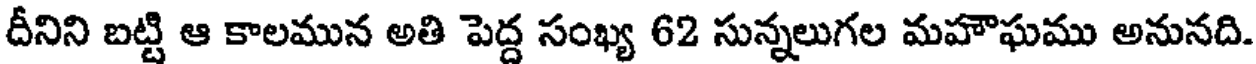
దీనిని బట్టి ఆ కాలమున అతి పెద్ద సంఖ్య 62 సున్నలుగల మహౌఘము అనునది.